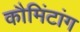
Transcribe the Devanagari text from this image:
कौमिंटांग